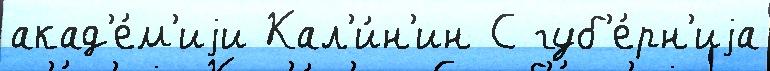
акад'е́м'иjи Кал'и́н'ин С губ'е́рн'иjа